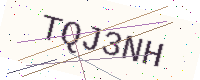
Text: TQJ3NH